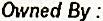
OWNED BY :